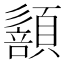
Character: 𩔻